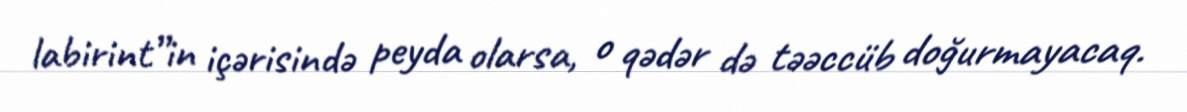
labirint”in içərisində peyda olarsa, o qədər də təəccüb doğurmayacaq.